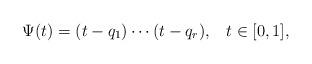
LaTeX: \begin{align*} \Psi (t) = (t - q_1) \cdots (t - q_r), \;\;\; t \in [0, 1], \end{align*}